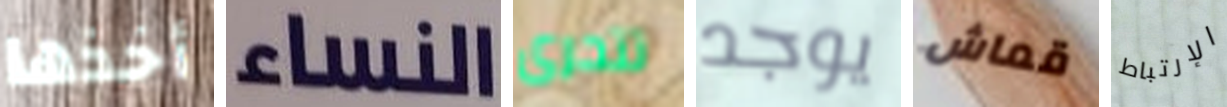
أخذها النساء تتحرى يوجد قماش الإرتباط